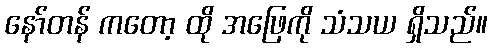
နော်တန် ကတော့ ထို အဖြေကို သံသယ ရှိသည်။